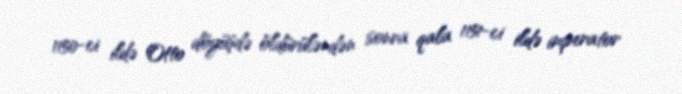
1150-ci ildə Otto döyüşdə öldürüləndən sonra qala 1151-ci ildə imperator